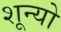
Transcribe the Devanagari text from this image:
शून्यो